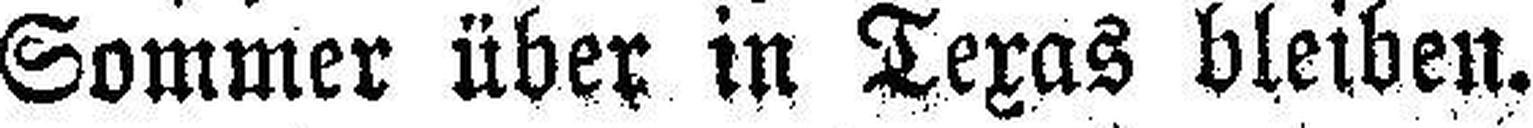
Sommer über in Texas bleiben.